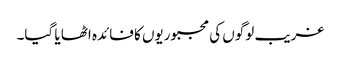
غریب لوگوں کی مجبوریوں کا فائدہ اٹھا یا گیا۔